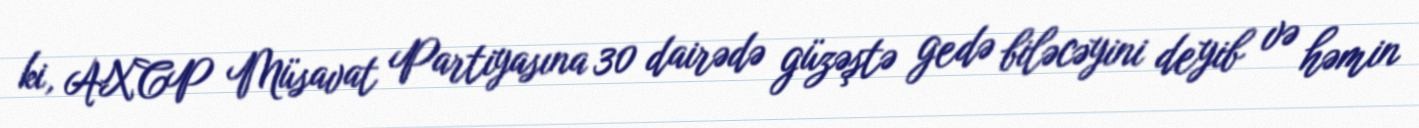
ki, AXCP Müsavat Partiyasına 30 dairədə güzəştə gedə biləcəyini deyib və həmin